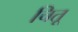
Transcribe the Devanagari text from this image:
चितू